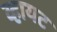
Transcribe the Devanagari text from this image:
व्हायट